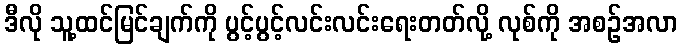
ဒီလို သူ့ထင်မြင်ချက်ကို ပွင့်ပွင့်လင်းလင်းရေးတတ်လို့ လုစ်ကို အစဉ်အလာ